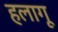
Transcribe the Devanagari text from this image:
हलागू